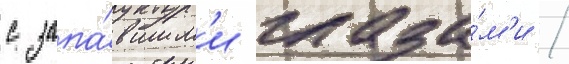
с запа́вшим'и глаза́м'и /